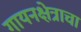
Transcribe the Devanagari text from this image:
गायनक्षेत्राचा